Report of the Indian Hemp Drugs Commission, 1894-1895 - Volume V
Year: 1894
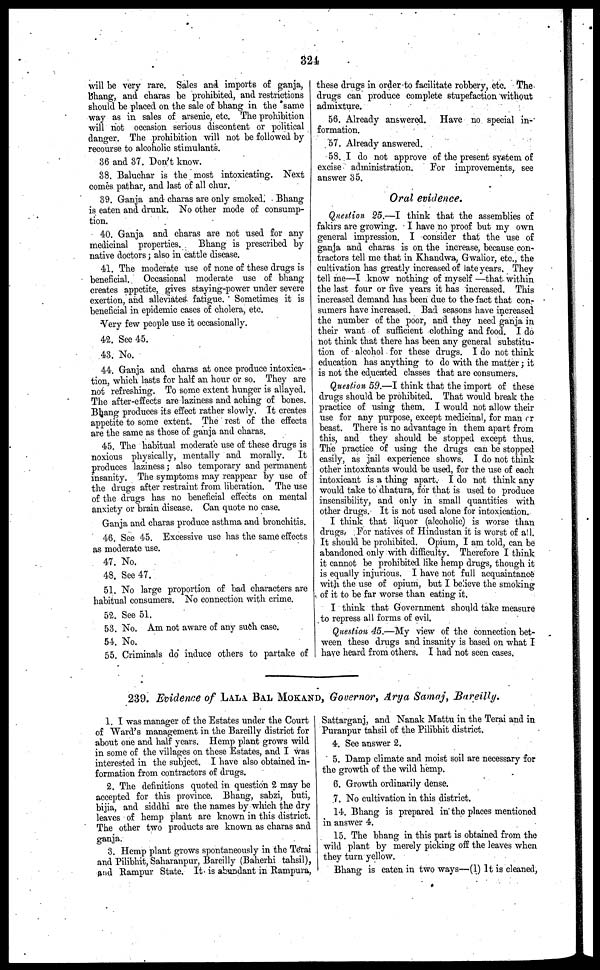
324
will be very rare. Sales and imports of ganja,
bhang, and charas be prohibited, and restrictions
should be placed on the sale of bhang in the same
way as in sales of arsenic, etc. The prohibition
will not occasion serious discontent or political
clanger. The prohibition will not be followed by
recourse to alcoholic stimulants.
36 and 37. Don't know.
38. Baluchar is the most intoxicating. Next
comes pathar, and last of all chur.
39. Ganja and charas are only smoked. Bhang
is eaten and drunk. No other mode of consump-
tion.
40. Ganja and charas are not used for any
medicinal properties.
Bhang is prescribed by
native doctors; also in cattle disease.
41. The moderate use of none of these drugs is
beneficial. Occasional moderate use of bhang
creates appetite, gives staying-power under severe
exertion, and alleviates fatigue. Sometimes it is
beneficial in epidemic cases of cholera, etc.
Very few people use it occasionally.
42. See 45.
43. No.
44. Ganja and charas at once produce intoxica-
tion, which lasts for half an hour or so. They are
not refreshing. To some extent hunger is allayed.
The after-effects are laziness and aching of bones.
Bhang produces its effect rather slowly. It creates
appetite to some extent. The rest of the effects
are the same as those of ganja and charas.
45. The habitual moderate use of these drugs is
noxious physically, mentally and morally.
It
produces laziness; also temporary and permanent
insanity. The symptoms may reappear by use of
the drugs after restraint from liberation. The use
of the drugs has no beneficial effects on mental
anxiety or brain disease. Can quote no case.
Ganja and charas produce asthma and bronchitis.
46. See 45. Excessive use has the same effects
as moderate use.
47. No.
48. See 47.
51. No large proportion of bad characters are
habitual consumers. No connection with crime.
52. See 51.
53. No. Am not aware of any such case.
54. No.
55. Criminals do induce others to partake of
these drugs in order to facilitate robbery, etc. The
drugs can produce complete stupefaction without
admixture.
56. Already answered. Have no special in-
formation.
57. Already answered.
58. I do not approve of the present system of
excise administration.
For improvements, see
answer 35.
Oral evidence.
Question 25.—I think that the assemblies of
fakirs are growing. I have no proof but my own
general impression. I consider that the use of
ganja and charas is on the increase, because con-
tractors tell me that in Khandwa, Gwalior, etc., the
cultivation has greatly increased of late years. They
tell me—I know nothing of myself —that within
the last four or five years it has increased. This
increased demand has been due to the fact that con-
sumers have increased. Bad seasons have increased
the number of the poor, and they need ganja in
their want of sufficient clothing and food. I do
not think that there has been any general substitu-
tion of alcohol for these drugs. I do not think
education has anything to do with the matter; it
is not the educated classes that are consumers.
Question 59.—I think that the import of these
drugs should be prohibited. That would break the
practice of using them. I would not allow their
use for any purpose, except medicinal, for man or
beast. There is no advantage in them apart from
this, and they should be stopped except thus.
The practice of using the drugs can be stopped
easily, as jail experience shows. I do not think
other intoxicants would be used, for the use of each
intoxicant is a thing apart. I do not think any
would take to dhatura, for that is used to produce
insensibility, and only in small quantities with
other drugs. It is not used alone for intoxication.
I think that liquor (alcoholic) is worse than
drugs. For natives of Hindustan it is worst of all.
It should be prohibited. Opium, I am told, can be
abandoned only with difficulty. Therefore I think
it cannot be prohibited like hemp drugs, though it
is equally injurious. I have not full acquaintance
with the use of opium, but I believe the smoking
of it to be far worse than eating it.
I think that Government should take measure
to repress all forms of evil.
Question 45.—My view of the connection bet-
ween these drugs and insanity is based on what I
have heard from others. I had not seen cases.
239. Evidence of LALA BAL MOKAND, Governor, Arya Samaj, Bareilly.
1. I was manager of the Estates under the Court
of Ward's management in the Bareilly district for
about one and half years. Hemp plant grows wild
in some of the villages on these Estates, and I was
interested in the subject. I have also obtained in-
formation from contractors of drugs.
2. The definitions quoted in question 2 may be
accepted for this province. Bhang, sabzi, buti,
bijia, and siddhi are the names by which the dry
leaves of hemp plant are known in this district.
The other two products are known as charas and
ganja.
3. Hemp plant grows spontaneously in the Terai
and Pilibhit, Saharanpur, Bareilly (Baherhi tahsil),
and Rampur State. It is abundant in Rampura,
Sattarganj, and Nanak Mattu in the Terai and in
Puranpur tahsil of the Pilibhit district.
4. See answer 2.
5. Damp climate and moist soil are necessary for
the growth of the wild hemp.
6. Growth ordinarily dense.
.7. No cultivation in this district.
14. Bhang is prepared in the places mentioned
in answer 4.
15. The bhang in this part is obtained from the
wild plant by merely picking off the leaves when
they turn yellow.
Bhang is eaten in two ways—(1) It is cleaned,